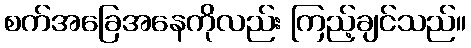
စက်အခြေအနေကိုလည်း ကြည့်ချင်သည်။